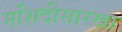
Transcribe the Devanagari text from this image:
मशिदीसारखा